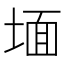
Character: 𭎹